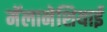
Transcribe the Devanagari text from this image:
मॅलानेशियाई